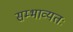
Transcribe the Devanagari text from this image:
सम्भाव्यतः